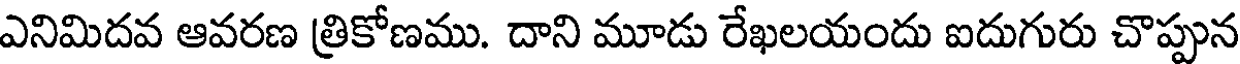
ఎనిమిదవ ఆవరణ త్రికోణము. దాని మూడు రేఖలయందు ఐదుగురు చొప్పున